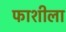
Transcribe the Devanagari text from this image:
फाशीला